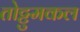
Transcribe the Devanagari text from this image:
तोट्टुमकल